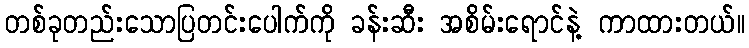
တစ်ခုတည်းသောပြတင်းပေါက်ကို ခန်းဆီး အစိမ်းရောင်နဲ့ ကာထားတယ်။